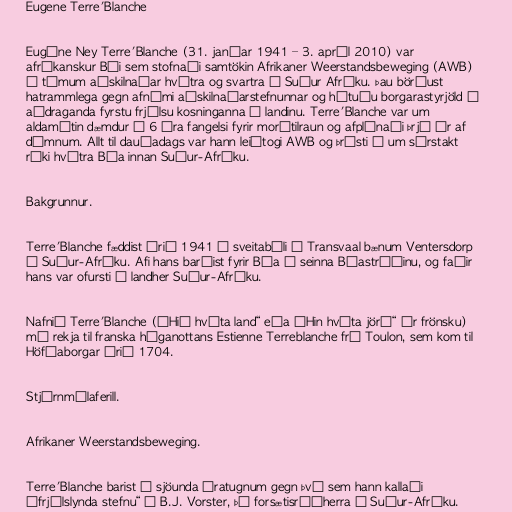
Eugene Terre'Blanche

Eugène Ney Terre'Blanche (31. janúar 1941 – 3. apríl 2010) var
afríkanskur Búi sem stofnaði samtökin Afrikaner Weerstandsbeweging (AWB)
á tímum aðskilnaðar hvítra og svartra í Suður Afríku. Þau börðust
hatrammlega gegn afnámi aðskilnaðarstefnunnar og hótuðu borgarastyrjöld í
aðdraganda fyrstu frjálsu kosninganna í landinu. Terre'Blanche var um
aldamótin dæmdur í 6 ára fangelsi fyrir morðtilraun og afplánaði þrjú ár af
dómnum. Allt til dauðadags var hann leiðtogi AWB og þrýsti á um sérstakt
ríki hvítra Búa innan Suður-Afríku.

Bakgrunnur.

Terre'Blanche fæddist árið 1941 á sveitabýli í Transvaal bænum Ventersdorp
í Suður-Afríku. Afi hans barðist fyrir Búa í seinna Búastríðinu, og faðir
hans var ofursti í landher Suður-Afríku.

Nafnið Terre'Blanche („Hið hvíta land“ eða „Hin hvíta jörð“ úr frönsku)
má rekja til franska húganottans Estienne Terreblanche frá Toulon, sem kom til
Höfðaborgar árið 1704.

Stjórnmálaferill.

Afrikaner Weerstandsbeweging.

Terre'Blanche barist á sjöunda áratugnum gegn því sem hann kallaði
„frjálslynda stefnu“ í B.J. Vorster, þá forsætisráðherra í Suður-Afríku.